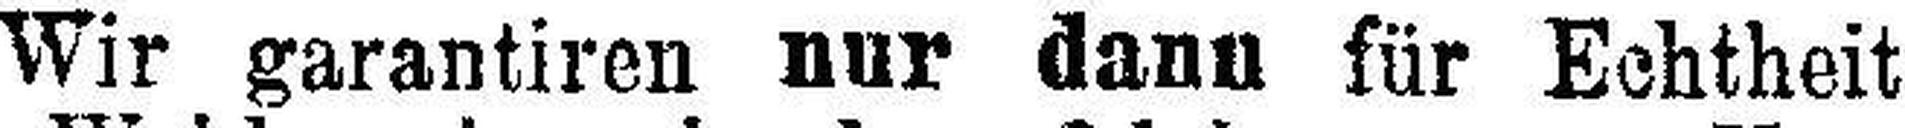
Wir garantiren nur dann für Echtheit